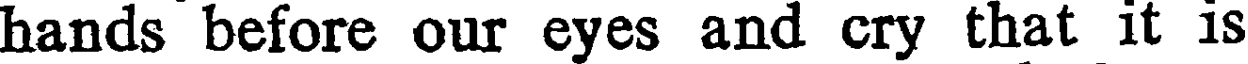
hands before our eyes and cry that it is